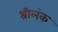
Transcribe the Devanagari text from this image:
श्रीलंक